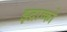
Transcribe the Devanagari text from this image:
झ्द्राव्को